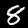
Digit: 8